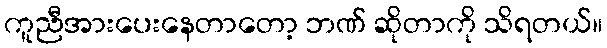
ကူညီအားပေးနေတာတော့ ဘဏ် ဆိုတာကို သိရတယ်။